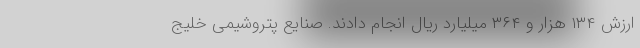
ارزش ۱۳۴ هزار و ۳۶۴ میلیارد ریال انجام دادند. صنایع پتروشیمی خلیج